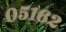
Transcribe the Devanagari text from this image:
०५१६२